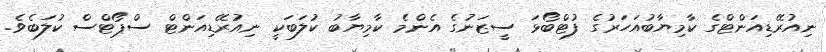
ނިއުރޭޑިއަންޓްގެ ކާމިޔާބުއަހަރުގެ ފުޓްބޯޅަ ސީޒަނުގެ އެންމެ ކާމިޔާބު ކުލަބަކީ ނިއުރޭޑިއަންޓް ސްޕޯޓްސް ކުލަބެވެ.